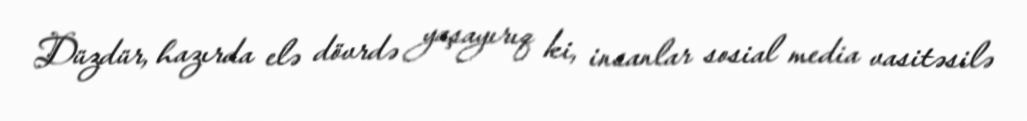
Düzdür, hazırda elə dövrdə yaşayırıq ki, insanlar sosial media vasitəsilə